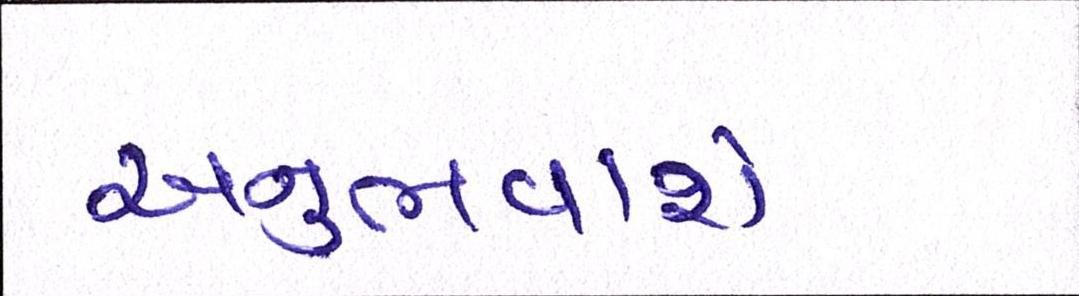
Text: અનુભવાશે